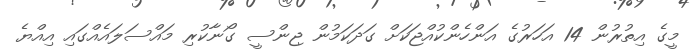
މީގެ އިތުރުން 14 އަހަރުގެ އަންހެންކުއްޖަކަށް ގަދަކަމުން ޖިންސީ ގޯނާކުރި މައްސަލައެއްގައި އިއްޔެ